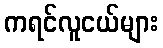
ကရင်လူငယ်များ